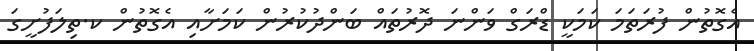
އެގޮތުން ފުރަތަމަ ކަމަކީ ޑްރަގް ވަންނަ ދޮރުތައް ބަންދުކުރުން ކަމަށާއި އެގޮތުން ކ.ތިލަފުށީގަ